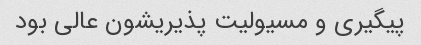
پیگیری و مسیولیت پذیریشون عالی بود